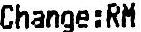
CHANGE:RM